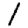
Digit: 1